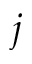
j